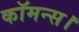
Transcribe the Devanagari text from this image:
कॉमन्स।